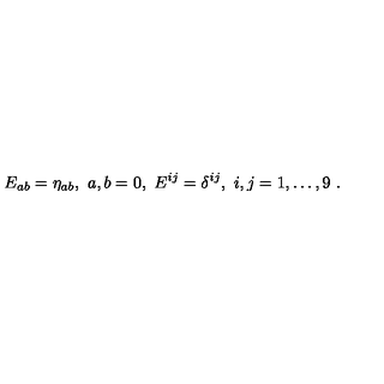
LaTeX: E _ { a b } = \eta _ { a b } , \ a , b = 0 , \ E ^ { i j } = \delta ^ { i j } , \ i , j = 1 , \dots , 9 \ .